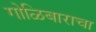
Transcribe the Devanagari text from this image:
गोळिबाराचा